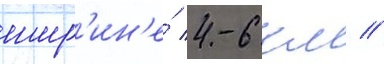
шир'ин'е́ 4-6 км //